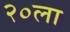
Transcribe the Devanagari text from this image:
२०ला